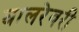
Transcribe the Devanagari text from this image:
घालरेवरी